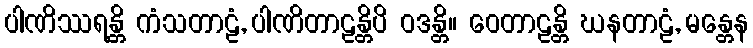
ပါဏိဿရန္တိ ကံသတာဠံ, ပါဏိတာဠန္တိပိ ဝဒန္တိ။ ဝေတာဠန္တိ ဃနတာဠံ, မန္တေန